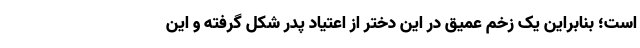
است؛ بنابراین یک زخم عمیق در این دختر از اعتیاد پدر شکل گرفته و این